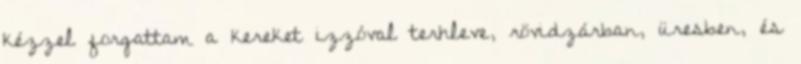
kézzel forgattam a kereket izzóval terhleve, rövidzárban, üresben, és